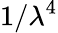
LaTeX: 1/\lambda^{4}